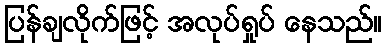
ပြန်ချလိုက်ဖြင့် အလုပ်ရှုပ် နေသည်။